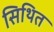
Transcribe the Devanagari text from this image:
सिथित